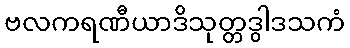
ဗလကရဏီယာဒိသုတ္တဒွါဒသကံ